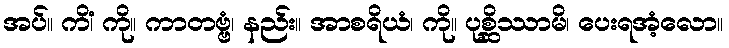
အပ်။ ကိံ၊ ကို။ ကာတဗ္ဗံ၊ နည်း။ အာစရိယံ၊ ကို။ ပုစ္ဆိဿာမိ၊ ပေးရအံ့လော။